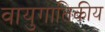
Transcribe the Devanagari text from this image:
वायुगातिकीय